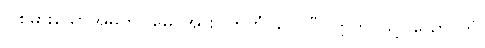
ပြစ်မှားသောအမှုကို။ မေ၊ အား။ ကတံ၊ လေပြီ။ ဣတိ၊ သို့။ ယော-တွံ၊